Insane asylums in Bengal annual reports 1867-1875 - 1867-1875
Year: 1867
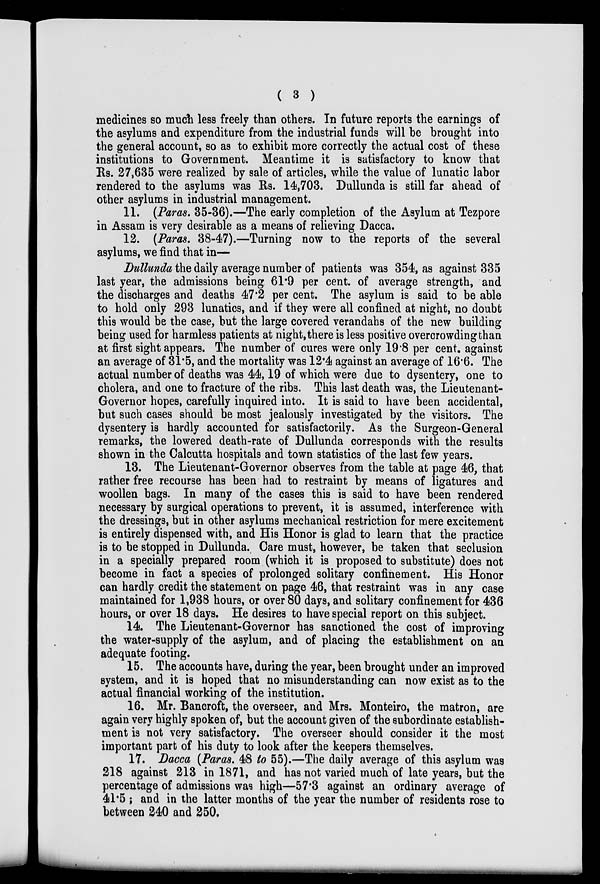
( 3 )
medicines so much less freely than others. In future reports the earnings of
the asylums and expenditure from the industrial funds will be brought into
the general account, so as to exhibit more correctly the actual cost of these
institutions to Government. Meantime it is satisfactory to know that
Rs. 27,635 were realized by sale of articles, while the value of lunatic labor
rendered to the asylums was Rs. 14,703. Dullunda is still far ahead of
other asylums in industrial management.
11. (Paras. 35-36).—The early completion of the Asylum at Tezpore
in Assam is very desirable as a means of relieving Dacca.
12. (Paras. 38-47).—Turning now to the reports of the several
asylums, we find that in—
Dullunda the daily average number of patients was 354, as against 335
last year, the admissions being 61.9 per cent. of average strength, and
the discharges and deaths 47.2 per cent. The asylum is said to be able
to hold only 293 lunatics, and if they were all confined at night, no doubt
this would be the case, but the large covered verandahs of the new building
being used for harmless patients at night, there is less positive overcrowding than
at first sight appears. The number of cures were only 19.8 per cent. against
an average of 31.5, and the mortality was 12.4 against an average of 16.6. The
actual number of deaths was 44,19 of which were due to dysentery, one to
cholera, and one to fracture of the ribs. This last death was, the Lieutenant-
Governor hopes, carefully inquired into. It is said to have been accidental,
but such cases should be most jealously investigated by the visitors. The
dysentery is hardly accounted for satisfactorily. As the Surgeon-General
remarks, the lowered death-rate of Dullunda corresponds with the results
shown in the Calcutta hospitals and town statistics of the last few years.
13. The Lieutenant-Governor observes from the table at page 46, that
rather free recourse has been had to restraint by means of ligatures and
woollen bags. In many of the cases this is said to have been rendered
necessary by surgical operations to prevent, it is assumed, interference with
the dressings, but in other asylums mechanical restriction for mere excitement
is entirely dispensed with, and His Honor is glad to learn that the practice
is to be stopped in Dullunda. Care must, however, be taken that seclusion
in a specially prepared room (which it is proposed to substitute) does not
become in fact a species of prolonged solitary confinement. His Honor
can hardly credit the statement on page 46, that restraint was in any case
maintained for 1,938 hours, or over 80 days, and solitary confinement for 436
hours, or over 18 days. He desires to have special report on this subject.
14. The Lieutenant-Governor has sanctioned the cost of improving
the water-supply of the asylum, and of placing the establishment on an
adequate footing.
15. The accounts have, during the year, been brought under an improved
system, and it is hoped that no misunderstanding can now exist as to the
actual financial working of the institution.
16. Mr. Bancroft, the overseer, and Mrs. Monteiro, the matron, are
again very highly spoken of, but the account given of the subordinate establish-
ment is not very satisfactory. The overseer should consider it the most
important part of his duty to look after the keepers themselves.
17. Dacca (Paras. 48 to 55).—The daily average of this asylum was
218 against 213 in 1871, and has not varied much of late years, but the
percentage of admissions was high—57.3 against an ordinary average of
41.5 ; and in the latter months of the year the number of residents rose to
between 240 and 250.